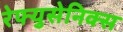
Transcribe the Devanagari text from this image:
रेफ्युसेनिक्स